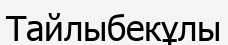
Тайлыбекұлы